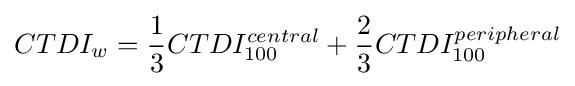
CTDI_{w}={\frac {1}{3}}CTDI_{100}^{central}+{\frac {2}{3}}CTDI_{100}^{peripheral}